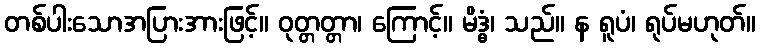
တစ်ပါးသောအပြားအားဖြင့်။ ဝုတ္တတ္တာ၊ ကြောင့်။ မိဒ္ဓံ၊ သည်။ န ရူပံ၊ ရုပ်မဟုတ်။